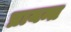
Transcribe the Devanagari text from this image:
प्रायन्त